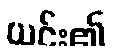
ယင်း၏